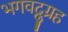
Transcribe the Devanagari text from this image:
भगवद्नुग्रह